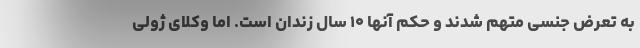
به تعرض جنسی متهم شدند و حکم آنها ۱۰ سال زندان است. اما وکلای ژولی